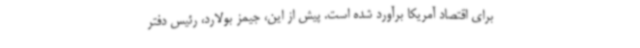
برای اقتصاد آمریکا برآورد شده است. پیش از این، جیمز بولارد، رئیس دفتر